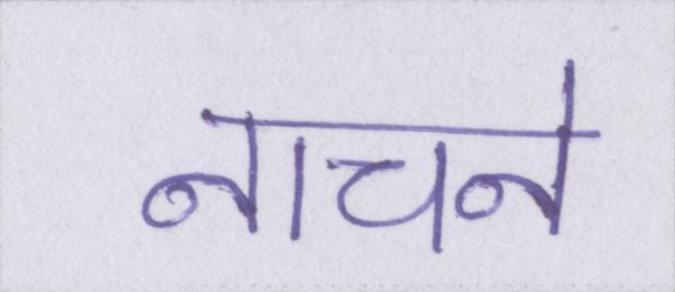
नाचने